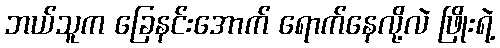
ဘယ်သူက ခြေနင်းအောက် ရောက်နေလို့လဲ ဖြိုးရဲ့